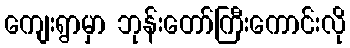
ကျေးရွာမှာ ဘုန်းတော်ကြီးကောင်းလို